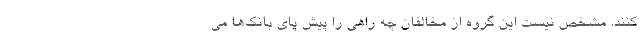
کنند. مشخص نیست این گروه از مخالفان چه راهی را پیش پای بانک‌ها می